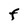
Character: F